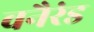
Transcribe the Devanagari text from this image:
वनैरंड